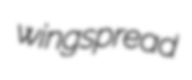
wingspread